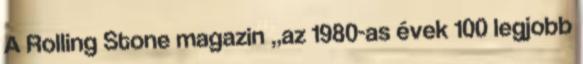
A Rolling Stone magazin „az 1980-as évek 100 legjobb